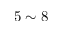
5 \sim 8